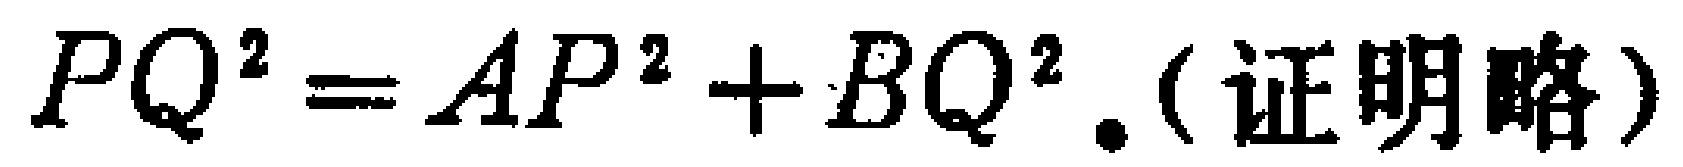
$PQ^{2}=AP^{2}+BQ^{2} .(\text{证明略})$